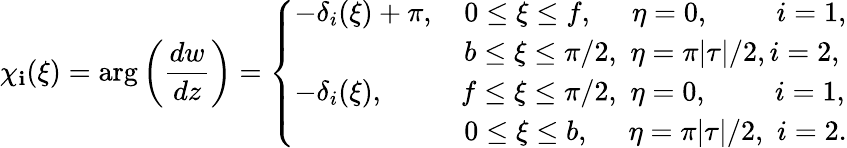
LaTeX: \chi_{\mathbf{i}}(\xi)=\arg\left(\frac{{dw}}{{dz}}\right)=\left\{ {\begin{array}{l}{-\delta_{i}(\xi)+\pi,\quad 0\leq\xi\leq f,\quad\, \, \eta=0,\quad\quad\, \, i=1,}\\ {\qquad\qquad\qquad b\leq\xi\leq\pi/2,\, \, \eta=\pi|\tau|/2,i=2,}\\ {-\delta_{i}(\xi),\quad\quad\, \, \, \, f\leq\xi\leq\pi/2,\, \, \eta=0,\quad\quad\, \, i=1,}\\ {\qquad\qquad\qquad 0\leq\xi\leq b,\, \, \quad\eta=\pi|\tau|/2,\, \, i=2.}\end{array}}\right.